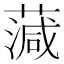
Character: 𦺘